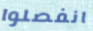
انفصلوا